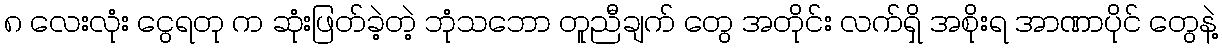
၈ လေးလုံး ငွေရတု က ဆုံးဖြတ်ခဲ့တဲ့ ဘုံသဘော တူညီချက် တွေ အတိုင်း လက်ရှိ အစိုးရ အာဏာပိုင် တွေနဲ့